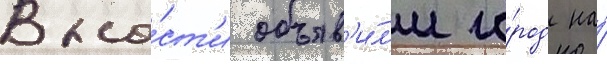
Вла́ст'и объяв'и́л'и го́род на́